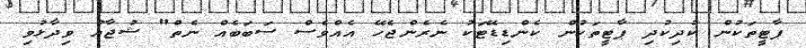
ޕާޓީތަކުން ކުދިކުދި ޕާޓީތަކުން ކެންޑިޑޭޓަކު ނެރެންޖެހޭ އެއްވެސް ސަބަބެއް ނެތް" ޝުޖާއު ވިދާޅުވި